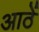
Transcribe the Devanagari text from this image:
आठें